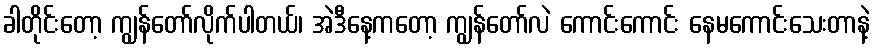
ခါတိုင်းတော့ ကျွန်တော်လိုက်ပါတယ်၊ အဲဒီနေ့ကတော့ ကျွန်တော်လဲ ကောင်းကောင်း နေမကောင်းသေးတာနဲ့